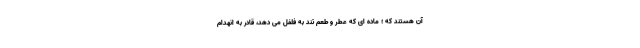
آن هستند که ؛ ماده ای که عطر و طعم تند به فلفل می دهد، قادر به انهدام